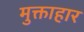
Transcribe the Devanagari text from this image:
मुक्ताहार